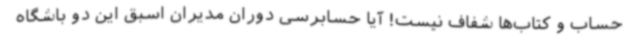
حساب و کتاب‌ها شفاف نیست! آیا حسابرسی دوران مدیران اسبق این دو باشگاه